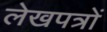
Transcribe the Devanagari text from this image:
लेखपत्रों